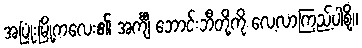
အပြုံးမြို့ကလေး၏ အင်္ကျီ ဘောင်းဘီတို့ကို လေ့လာကြည့်ပါစို့။